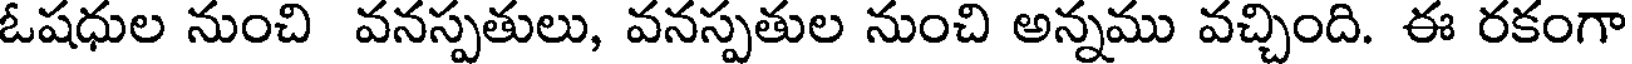
ఓషధుల నుంచి వనస్పతులు, వనస్పతుల నుంచి అన్నము వచ్చింది. ఈ రకంగా